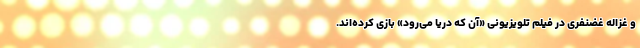
و غزاله غضنفری در فیلم تلویزیونی «آن که دریا می‌رود» بازی کرده‌اند.